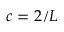
c = 2 / L